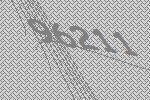
96211